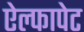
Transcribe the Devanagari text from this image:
ऐल्फापेट